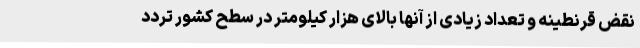
نقض قرنطینه و تعداد زیادی از آنها بالای هزار کیلومتر در سطح کشور تردد